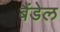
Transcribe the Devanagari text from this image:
बैंडेल